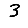
Digit: 3